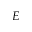
E